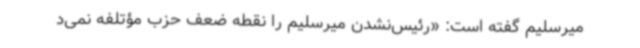
میرسلیم گفته است: «رئیس‌نشدن میرسلیم را نقطه ضعف حزب مؤتلفه نمی‌د